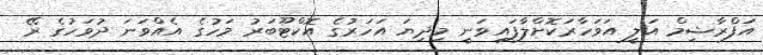
އަފްރާޝިމް އަލީ އަވަހާރަކޮށްލާފައިވަނީ މިދިޔަ އަހަރުގެ އޮކްޓޫބަރު މަހުގެ އެއްވަނަ ދުވަހުގެ ރޭ